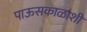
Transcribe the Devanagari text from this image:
पाऊसकाळाशी